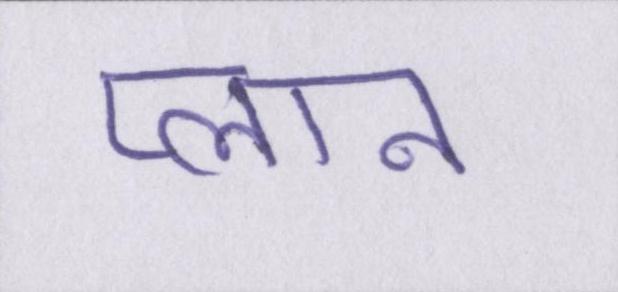
प्लान